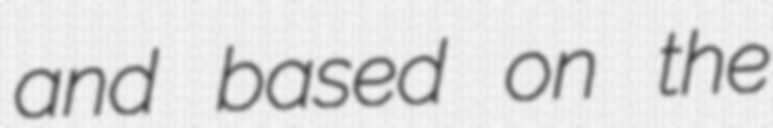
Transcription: and based on the